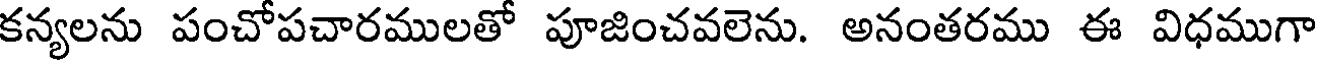
కన్యలను పంచోపచారములతో పూజించవలెను. అనంతరము ఈ విధముగా